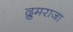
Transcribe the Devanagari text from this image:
द्रुमराजा